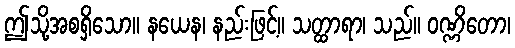
ဤသို့အစရှိသော။ နယေန၊ နည်းဖြင့်။ သတ္ထာရာ၊ သည်။ ဝဏ္ဏိတော၊